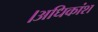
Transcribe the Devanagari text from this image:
।अधिकांश